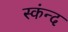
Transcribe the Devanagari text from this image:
स्कंन्द